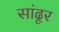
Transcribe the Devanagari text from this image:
सांढूर